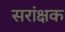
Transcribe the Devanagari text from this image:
सरांक्षक